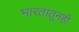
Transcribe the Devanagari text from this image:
भारतातूनही